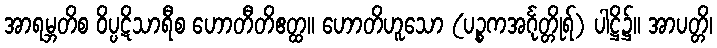
အာရမ္ဘတိစ ဝိပ္ပဋိသာရီစ ဟောတီတိဧတ္ထ။ ဟောတိဟူသော (ပဉ္စကအင်္ဂုတ္တိုရ်) ပါဋ္ဌိ၌။ အာပတ္တိ၊